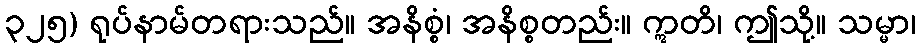
၃၂၅) ရုပ်နာမ်တရားသည်။ အနိစ္စံ၊ အနိစ္စတည်း။ ဣတိ၊ ဤသို့။ သမ္မာ၊